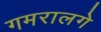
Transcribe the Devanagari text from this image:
गमरालगे